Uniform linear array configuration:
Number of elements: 4
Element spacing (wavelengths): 0.5
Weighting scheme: blackman
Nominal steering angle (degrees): -60
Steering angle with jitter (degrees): -58.493
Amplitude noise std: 0.05
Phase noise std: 0.05

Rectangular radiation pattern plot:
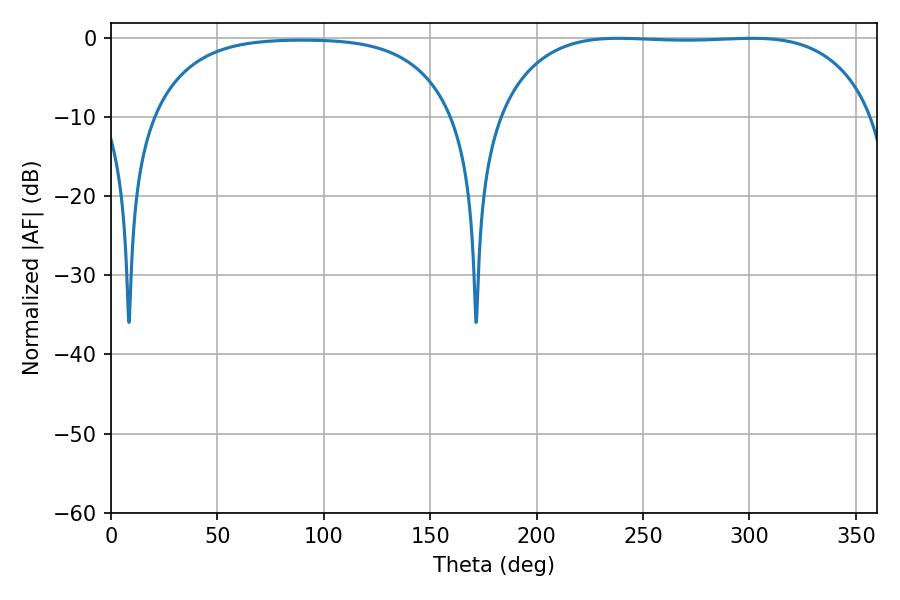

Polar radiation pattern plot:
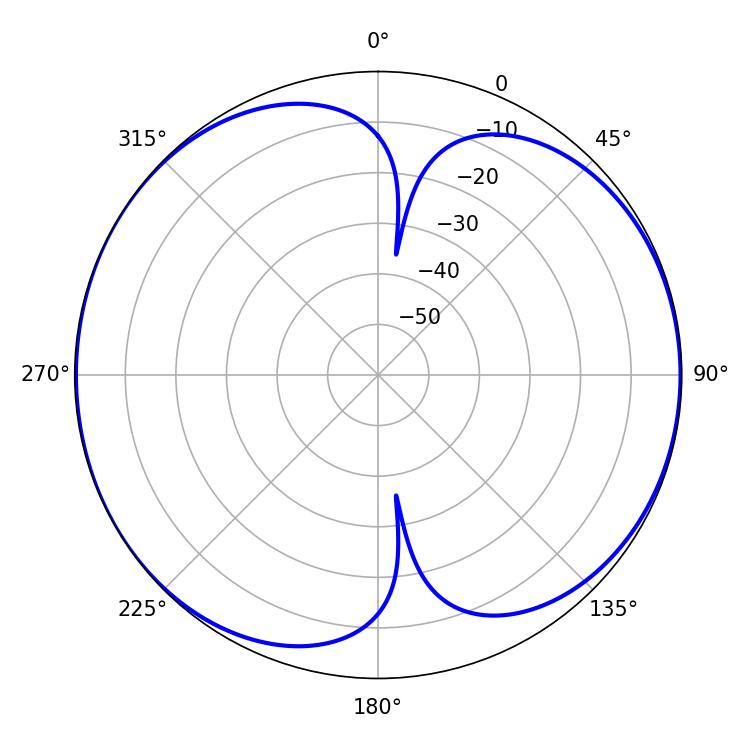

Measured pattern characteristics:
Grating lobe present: FALSE
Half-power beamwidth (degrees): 138.6
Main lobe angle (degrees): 238.68